Report on vaccination in the Province of Bengal - 1869-1873
Year: 1869
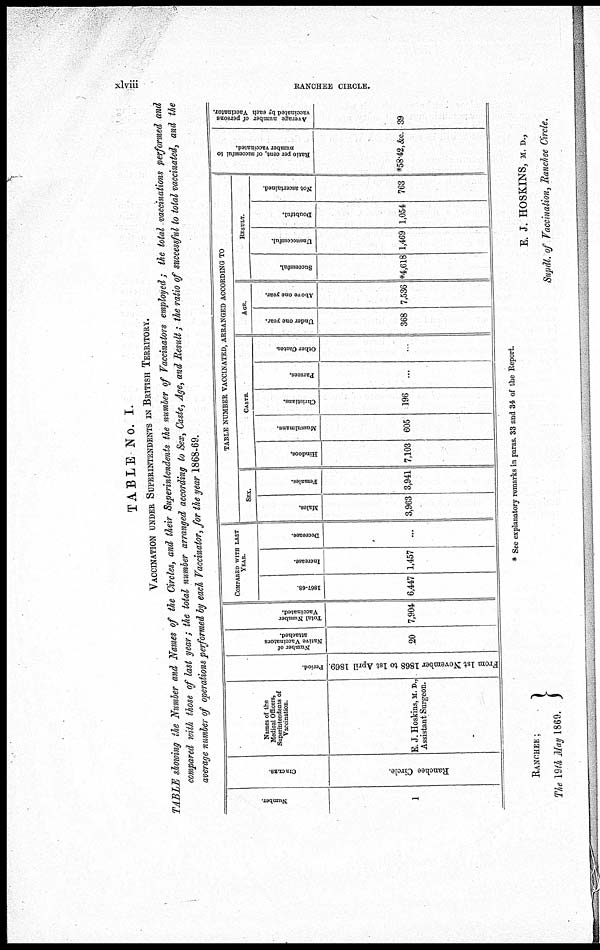
xlviii
RANCHEE CIRCLE.
TABLE No. I.
VACCINATION UNDER SUPERINTENDENTS IN BRITISH TERRITORY.
TABLE showing the Number and Names of the Circles, and their Superintendents the number of Vaccinators employed; the total vaccinations performed and
compared with those of last year; the total number arranged according to Sex, Caste, Age, and Result; the ratio of successful to total vaccinated, and the
average number of operations performed by each Vaccinator, for the year 1868-69.
Number.
1
Districts.
Ranchee Circle.
Names of the
Medical Officers,
Superintendents of
Vaccination.
E. J. Hoskins, M. D.,
Assistant Surgeon.
Period.
From 1st November 1868 to 1st April 1869.
Number of
Native Vaccinators
attached.
20
Total Number
Vaccinated.
7,904
COMPARES WITH LAST
YEAR.
1867-68
6,447
Increase.
1,457
Decrease.
...
TABLE NUMBER VACCINATED, ARRANGED ACCORDING TO
SEX.
Males.
3,963
Females.
3,941
CASTE.
Hindoos.
7,103
Mussulmans.
605
Christians.
196
Parsees.
...
Other Castes.
...
AGE.
Under one year.
368
Above one year.
7,536
RESULT.
Successful.
*4,618
Unsuccessful.
1,469
Doubtful.
1,054
Not ascertained.
763
Ratio per cent. of successful to
number vaccinated.
*58.42,&c.
Average number of persons
vaccinated by each Vaccinator.
39
* See explanatory remarks in paras. 33 and 34 of the Report.
RANCHEE;
The 19th May 1869.
E J. HOSKINS, M. D.,
Supdt. of Vaccination, Ranchee Circle.